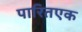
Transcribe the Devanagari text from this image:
पारितएक